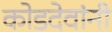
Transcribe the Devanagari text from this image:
कोडदेवांनी